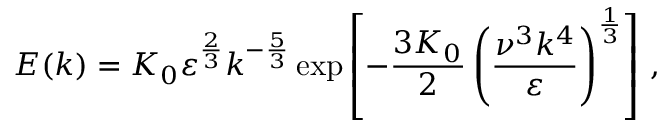
E ( k ) = K _ { 0 } \varepsilon ^ { \frac { 2 } { 3 } } k ^ { - { \frac { 5 } { 3 } } } \exp \left[ - { \frac { 3 K _ { 0 } } { 2 } } \left( { \frac { \nu ^ { 3 } k ^ { 4 } } { \varepsilon } } \right) ^ { \frac { 1 } { 3 } } \right] \, ,